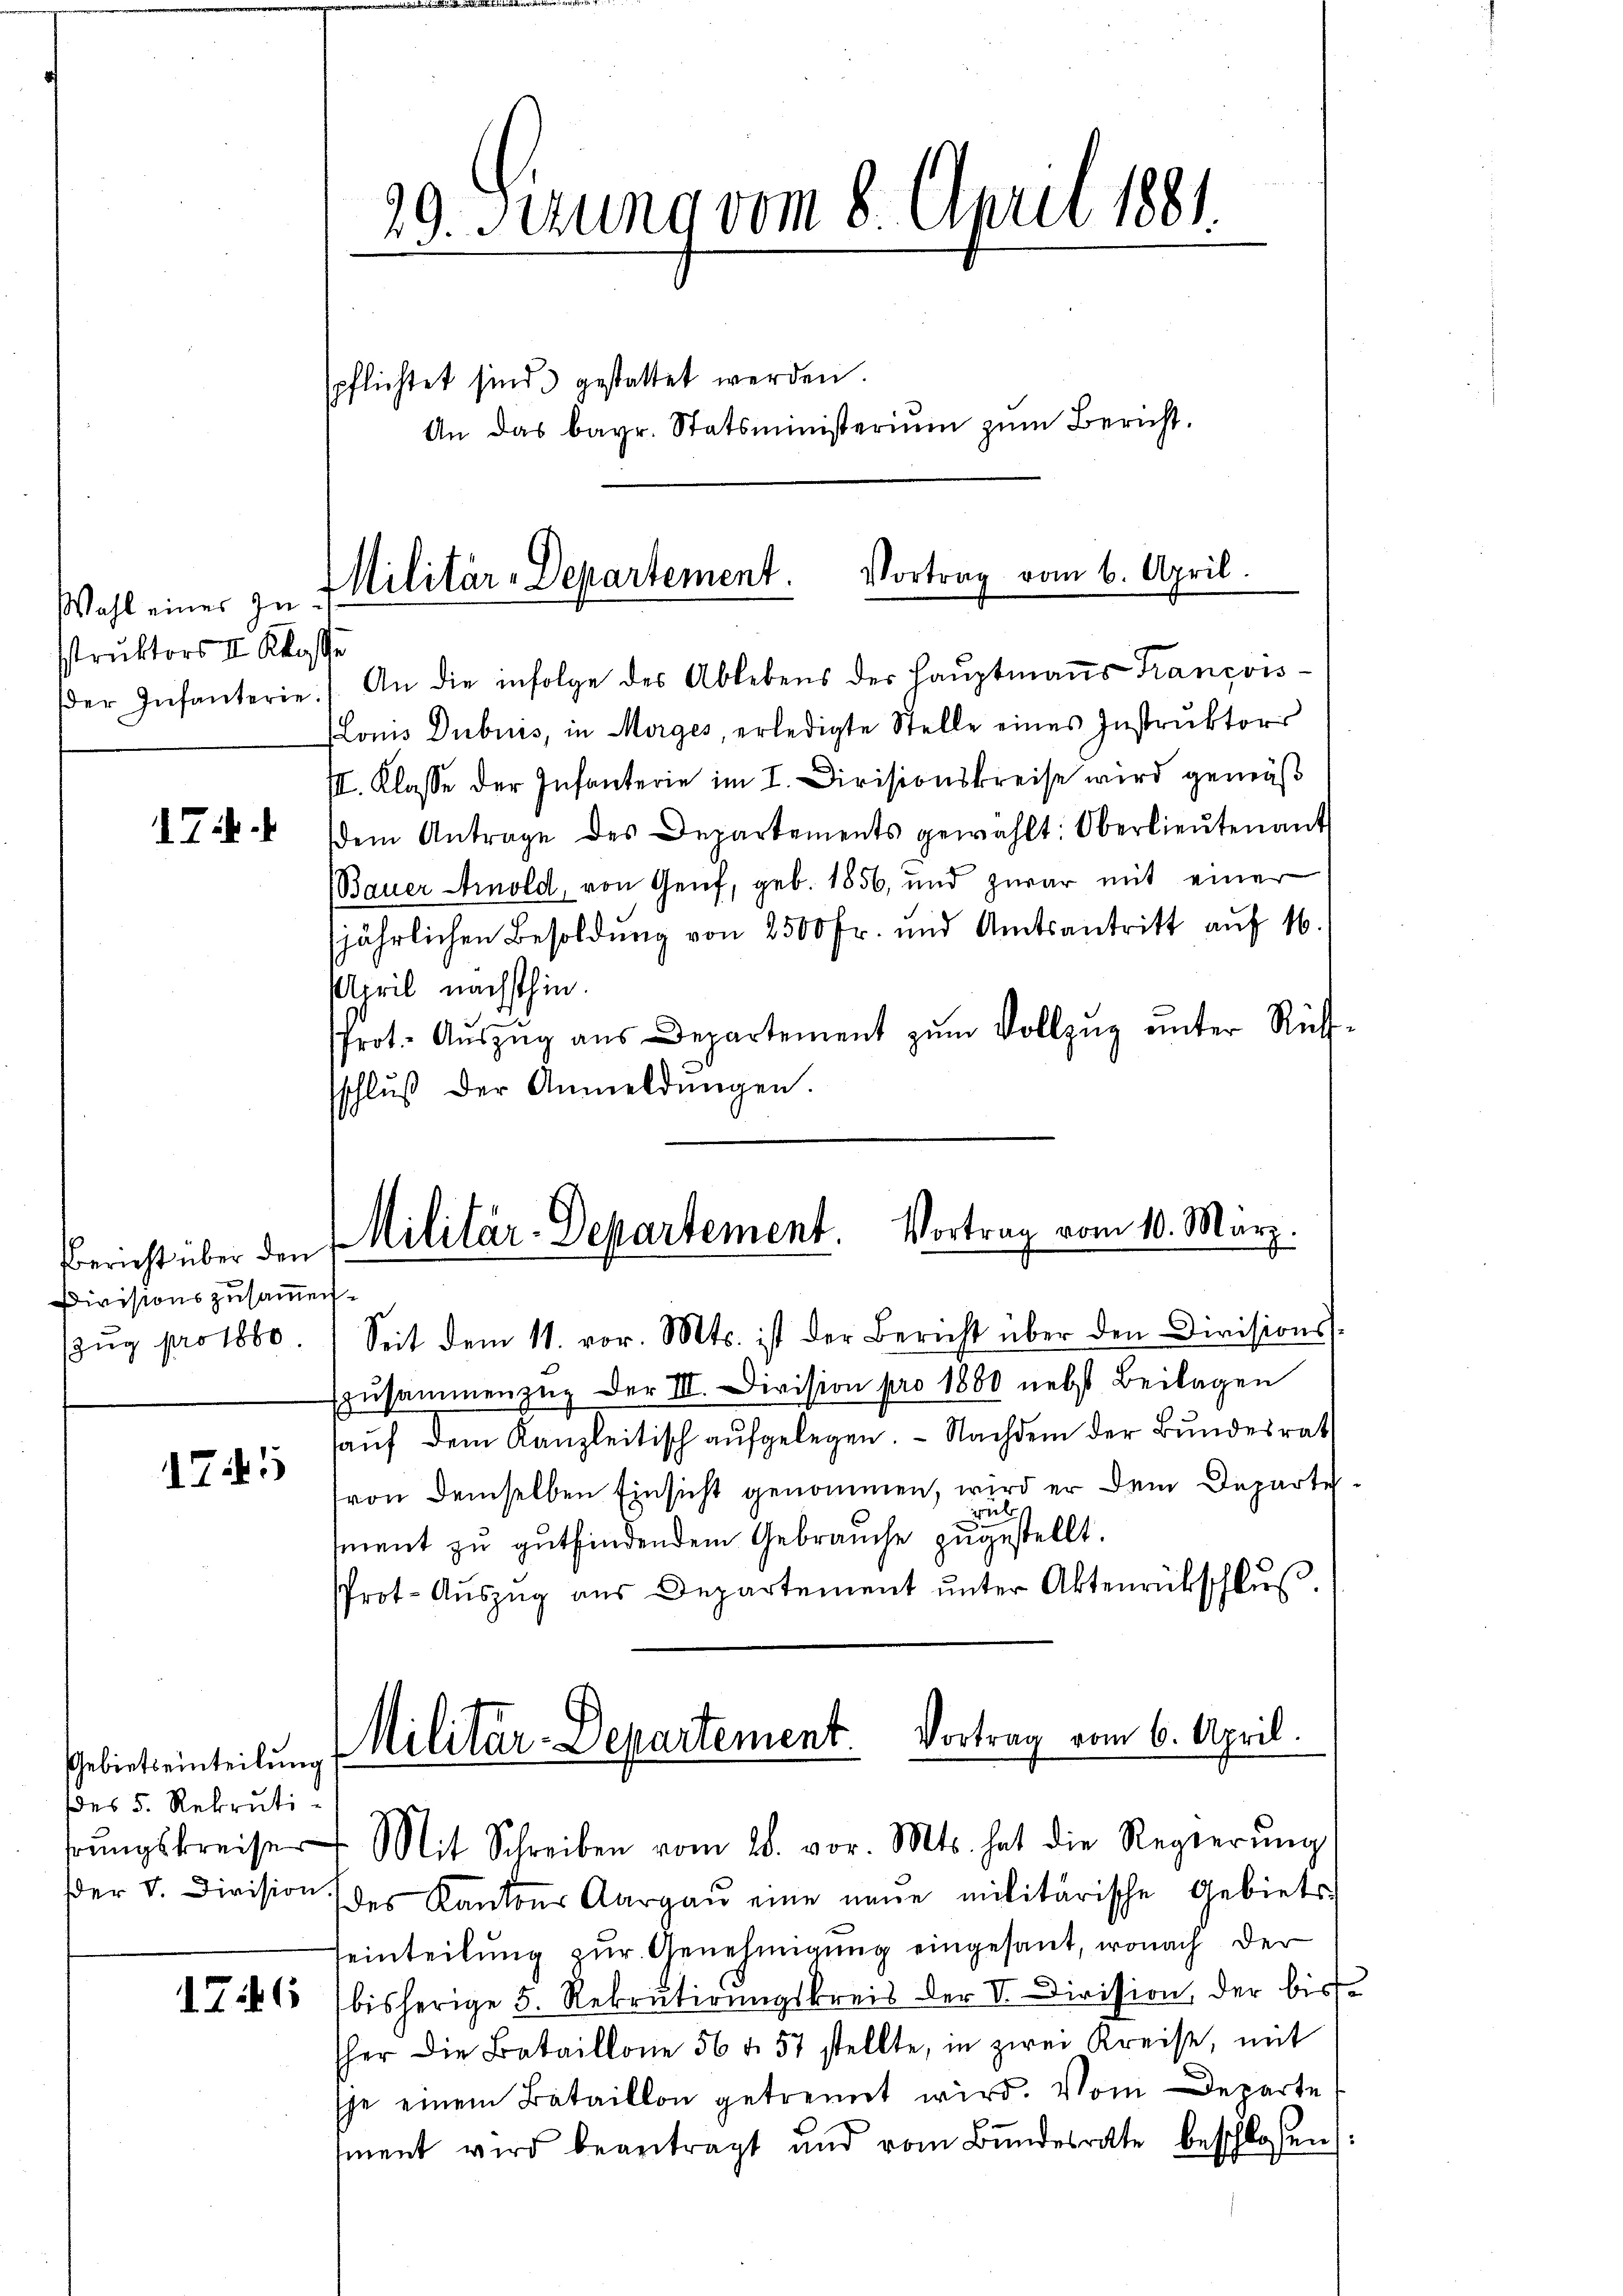
Wahl eines zu
struktors II. Klasse
der Infanterie

1.

Bericht über den
Divisionszusammen¬
Zug pro 1880.

1745

Gebietseinteilung
des 5. Rekrutiprungskreise
der V. Division

176

29. Setzung vom 8. April 1881

spflichtet sind. gestattet werden.
An das bayr. Statsministerium zum Bericht.

Militär-Departement. Vortrag vom 6. April.

An die infolge des Ablebens der Hauptmanns Francois-
(Loms Dubuis, in Morges, erledigte Stelle eines Instruktors
III. Klasse der Infanterie im I. Divisionskreise wird gemäß
dem Antrage des Departements gewählt: Oberlieŭtenant
(Bauer Arnold, von Genf, geb. 1856, und zwar mit einer
jährlichen Besoldung von 2500 fr. und Amtsantritt auf 16.
April nächsthin.
Prot. Aŭszŭg aŭs Departement zŭm Vollzŭg ŭnter Rück-
sschlŭβ der Anmeldŭngen.
Seit dem 11. vor. Mts. ist der Bericht über den Divisions
zŭsammenzug der III. Division pro 1880 nebst Beilagen
auf dem Kanzleitisch aufgelegen. - Nachdem der Bundesrat
(von demselben Einsicht genommen, wird er dem Departe
wul
ment zu gutfindendem Gebrauche zugestellt.
Prot. Aŭszŭg aŭs Departement ŭnter Aktenrückschlŭβ
Militär-Departement. Vortrag vom 6. April.
Mit Schreiben vom 28. vor. Mts. hat die Regierŭng
des Kantons Aargaŭ eine neue militärische Gebiets,
einteilung zur Genehmigung eingesant, wonach der
bisherige 5. Rekrutirŭngskreis der V. Dirission, der bist
sher die Bataillone 56 u. 57 stellte, in zwei Kreise, mit
sje einem Bataillon getrennt wird. Vom Departe
ment wird beantragt und vom Bŭndesrate beschlossen

Militär-Departement. Vortrag vom 10. März.